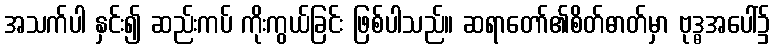
အသက်ပါ နှင်း၍ ဆည်းကပ် ကိုးကွယ်ခြင်း ဖြစ်ပါသည်။ ဆရာတော်၏စိတ်ဓာတ်မှာ ဗုဒ္ဓအပေါ်၌